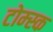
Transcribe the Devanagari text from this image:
टोम्स्क